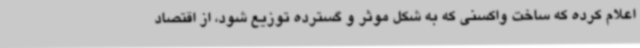
اعلام کرده که ساخت واکسنی که به شکل موثر و گسترده توزیع شود، از اقتصاد